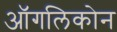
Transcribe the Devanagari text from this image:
ऑगलिकोन